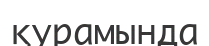
қурамында